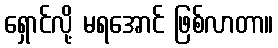
ရှောင်လို့ မရအောင် ဖြစ်လာတာ။